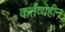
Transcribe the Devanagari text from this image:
कर्तव्यहीन